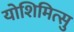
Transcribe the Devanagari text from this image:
योशिमित्सु